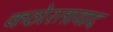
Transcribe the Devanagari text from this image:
कठोरतावाद